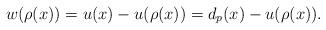
LaTeX: \begin{align*}w(\rho(x))=u(x)-u(\rho(x))=d_{p}(x)-u(\rho(x)).\end{align*}